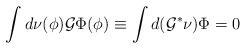
LaTeX: \begin{align*}\int d\nu(\phi) {\cal G}\Phi(\phi)\equiv \int d({\cal G}^{*}\nu)\Phi=0\end{align*}